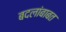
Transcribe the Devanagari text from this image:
बदलांबाबत